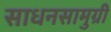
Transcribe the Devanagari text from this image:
साधनसामुग्री